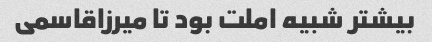
بیشتر شبیه املت بود تا میرزاقاسمی